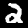
Label: 2